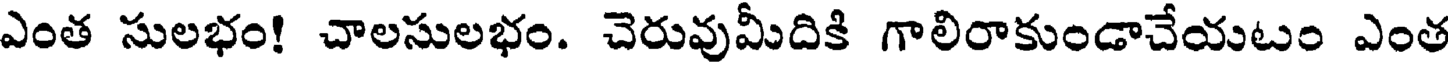
ఎంత సులభం! చాలసులభం. చెరువుమీదికి గాలిరాకుండాచేయటం ఎంత